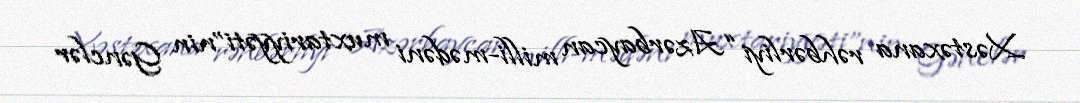
Xəstəxana rəhbərliyi “Azərbaycan milli-mədəni muxtariyyəti”nin Gənclər